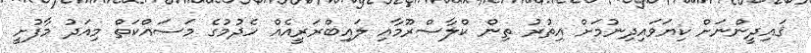
ޤައިދީންނަށް ކިޔަވައިދިނުމަށް އިތުރު ތިން ކްލާސްރޫމާއި ލައިބްރަރީއެއް ހެދުމުގެ މަސައްކަތް މިއަދުު މާފުށީ